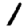
Digit: 1